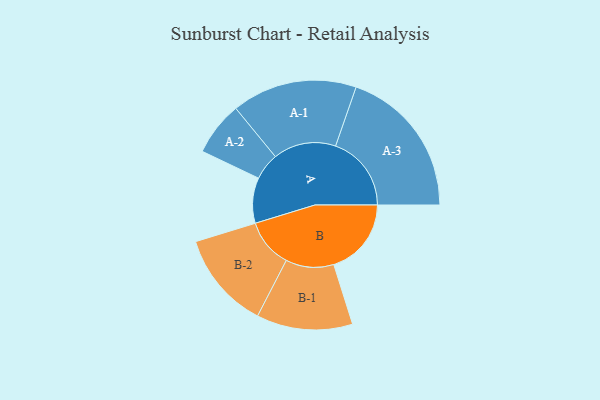
{"axis": {"x": "Segment", "y": "Value"}, "legend": ["", "A", "B"], "data": [{"x": "A", "y": 177, "type": ""}, {"x": "B", "y": 302, "type": ""}, {"x": "A-1", "y": 244, "type": "A"}, {"x": "A-2", "y": 105, "type": "A"}, {"x": "A-3", "y": 295, "type": "A"}, {"x": "B-1", "y": 187, "type": "B"}, {"x": "B-2", "y": 190, "type": "B"}]}